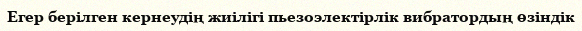
Егер берілген кернеудің жиілігі пьезоэлектірлік вибратордың өзіндік